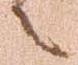
之